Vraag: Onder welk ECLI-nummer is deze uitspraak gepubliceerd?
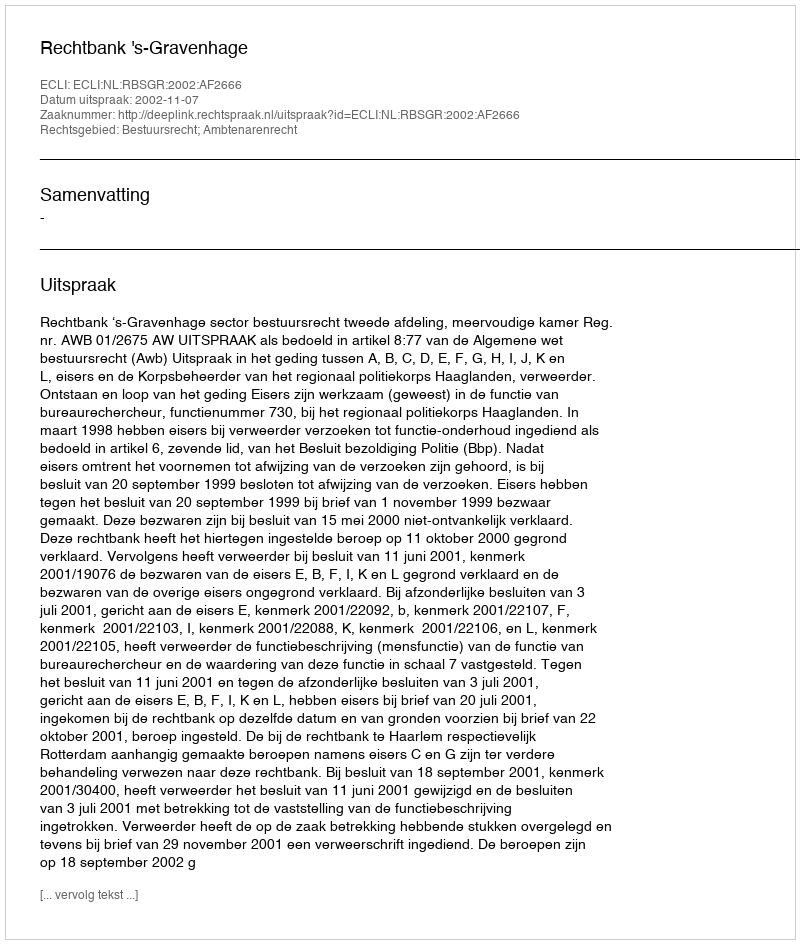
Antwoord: ECLI:NL:RBSGR:2002:AF2666